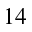
1 4